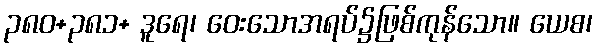
၃၈၀+၃၈၁+ ဒူရေ၊ ဝေးသောအရပ်၌ဖြစ်ကုန်သော။ ယေစ၊